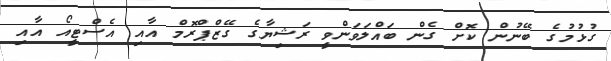
ގުޅުމުގެ ބޭނުން ކޮށް ގެން ބައްލަވަންވީ ރަޝިޔާގެ ގޭޒްޕްރޮމް އާއި އެސްޓީއޯ އާއި